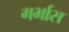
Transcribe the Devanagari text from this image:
गर्भास